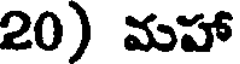
20) మహా